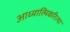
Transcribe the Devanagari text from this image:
आध्यात्मिकरित्या